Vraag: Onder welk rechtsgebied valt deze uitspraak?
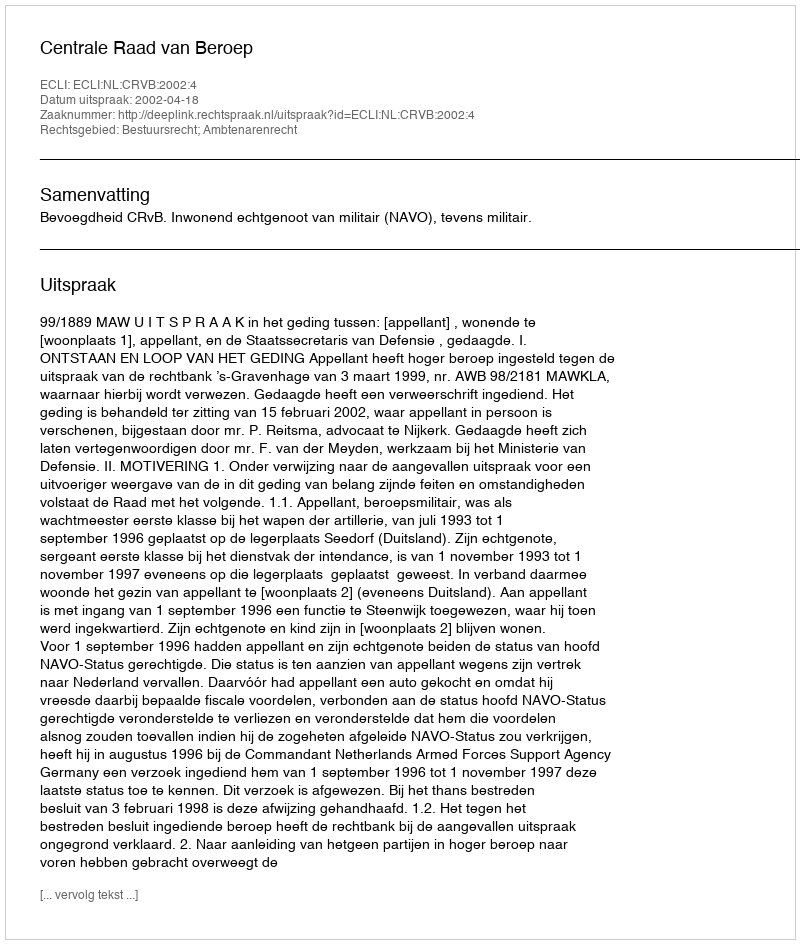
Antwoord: Bestuursrecht; Ambtenarenrecht